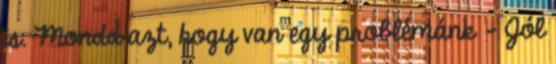
is. Mondd azt, hogy van egy problémánk - Jól